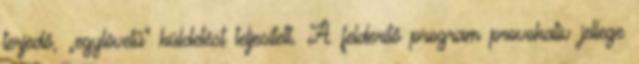
terjedő, „egylövetű” küldetést teljesített. A felderítő program provokatív jellege